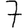
Digit: 7